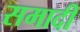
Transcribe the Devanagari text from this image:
समादी